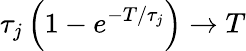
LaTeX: \tau_{j}\left(1-e^{-T/\tau_{j}}\right)\to T